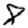
Digit: 8